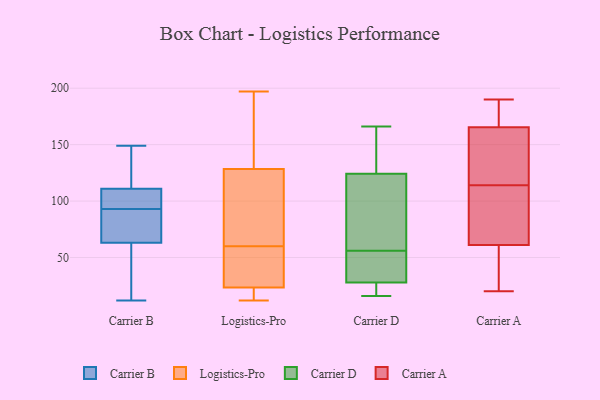
{"axis": {"x": "Active Users", "y": "Value"}, "legend": ["Carrier A", "Carrier B", "Carrier D", "Logistics-Pro"], "data": [{"x": "", "y": 92, "type": "Carrier B"}, {"x": "", "y": 94, "type": "Carrier B"}, {"x": "", "y": 126, "type": "Carrier B"}, {"x": "", "y": 149, "type": "Carrier B"}, {"x": "", "y": 111, "type": "Carrier B"}, {"x": "", "y": 65, "type": "Carrier B"}, {"x": "", "y": 91, "type": "Carrier B"}, {"x": "", "y": 117, "type": "Carrier B"}, {"x": "", "y": 63, "type": "Carrier B"}, {"x": "", "y": 62, "type": "Carrier B"}, {"x": "", "y": 107, "type": "Carrier B"}, {"x": "", "y": 100, "type": "Carrier B"}, {"x": "", "y": 27, "type": "Carrier B"}, {"x": "", "y": 12, "type": "Carrier B"}, {"x": "", "y": 12, "type": "Logistics-Pro"}, {"x": "", "y": 139, "type": "Logistics-Pro"}, {"x": "", "y": 26, "type": "Logistics-Pro"}, {"x": "", "y": 121, "type": "Logistics-Pro"}, {"x": "", "y": 16, "type": "Logistics-Pro"}, {"x": "", "y": 20, "type": "Logistics-Pro"}, {"x": "", "y": 76, "type": "Logistics-Pro"}, {"x": "", "y": 136, "type": "Logistics-Pro"}, {"x": "", "y": 197, "type": "Logistics-Pro"}, {"x": "", "y": 44, "type": "Logistics-Pro"}, {"x": "", "y": 109, "type": "Logistics-Pro"}, {"x": "", "y": 21, "type": "Logistics-Pro"}, {"x": "", "y": 26, "type": "Logistics-Pro"}, {"x": "", "y": 194, "type": "Logistics-Pro"}, {"x": "", "y": 93, "type": "Logistics-Pro"}, {"x": "", "y": 32, "type": "Logistics-Pro"}, {"x": "", "y": 125, "type": "Carrier D"}, {"x": "", "y": 49, "type": "Carrier D"}, {"x": "", "y": 55, "type": "Carrier D"}, {"x": "", "y": 56, "type": "Carrier D"}, {"x": "", "y": 143, "type": "Carrier D"}, {"x": "", "y": 131, "type": "Carrier D"}, {"x": "", "y": 26, "type": "Carrier D"}, {"x": "", "y": 33, "type": "Carrier D"}, {"x": "", "y": 166, "type": "Carrier D"}, {"x": "", "y": 120, "type": "Carrier D"}, {"x": "", "y": 19, "type": "Carrier D"}, {"x": "", "y": 16, "type": "Carrier D"}, {"x": "", "y": 122, "type": "Carrier D"}, {"x": "", "y": 20, "type": "Carrier D"}, {"x": "", "y": 120, "type": "Carrier D"}, {"x": "", "y": 190, "type": "Carrier A"}, {"x": "", "y": 54, "type": "Carrier A"}, {"x": "", "y": 67, "type": "Carrier A"}, {"x": "", "y": 168, "type": "Carrier A"}, {"x": "", "y": 114, "type": "Carrier A"}, {"x": "", "y": 141, "type": "Carrier A"}, {"x": "", "y": 59, "type": "Carrier A"}, {"x": "", "y": 23, "type": "Carrier A"}, {"x": "", "y": 76, "type": "Carrier A"}, {"x": "", "y": 181, "type": "Carrier A"}, {"x": "", "y": 182, "type": "Carrier A"}, {"x": "", "y": 158, "type": "Carrier A"}, {"x": "", "y": 151, "type": "Carrier A"}, {"x": "", "y": 20, "type": "Carrier A"}, {"x": "", "y": 97, "type": "Carrier A"}]}